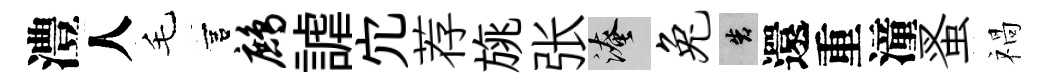
澧人毛宫鹧謔宂荐旐张淹兔告還重潼蚤禍